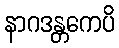
နာဂဒန္တကေပိ